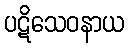
ပဋိသေဝနာယ